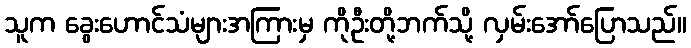
သူက ခွေးဟောင်သံများအကြားမှ ကိုဦးတို့ဘက်သို့ လှမ်းအော်ပြောသည်။